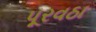
પૂરવઠા